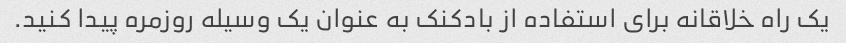
یک راه خلاقانه برای استفاده از بادکنک به عنوان یک وسیله روزمره پیدا کنید.